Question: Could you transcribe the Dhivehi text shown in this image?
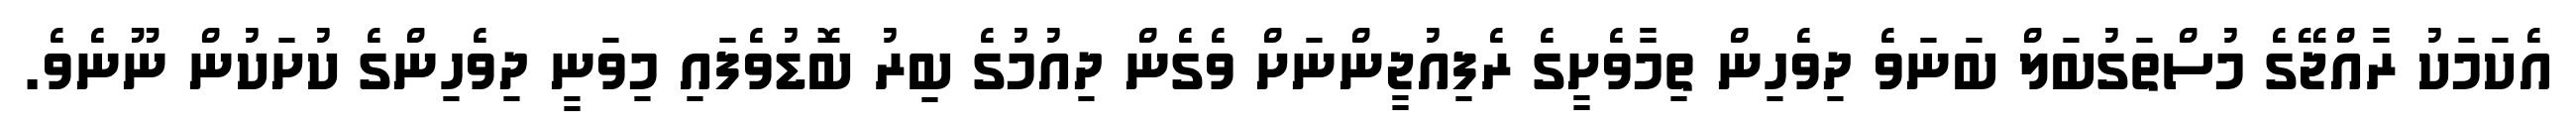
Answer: އެކަމަކު ރާއްޖޭގެ މުސްތަގުބަލް ބަނަވެ ދިވެހިން ތިމާވެށީގެ ރެފިއުޖީންނަށް ވެގެން ދިއުމުގެ ބިރު ބޮޑުވެފައި މިވަނީ ދިވެހިންގެ ކުށަކުން ނޫނެވެ.